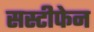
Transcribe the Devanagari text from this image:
सस्टीफेन